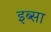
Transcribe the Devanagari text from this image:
इब्‍सा